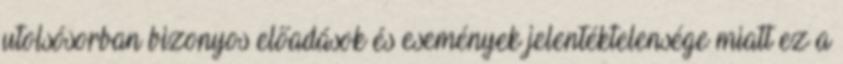
utolsósorban bizonyos előadások és események jelentéktelensége miatt ez a